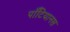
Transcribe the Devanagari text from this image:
पॉँटियानस